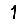
Digit: 1